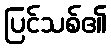
ပြင်သစ်၏